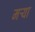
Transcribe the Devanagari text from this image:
मर्‍या